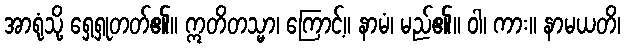
အာရုံသို့ ရှေ့ရှုတတ်၏။ ဣတိတသ္မာ၊ ကြောင့်။ နာမံ၊ မည်၏။ ဝါ၊ ကား။ နာမယတိ၊